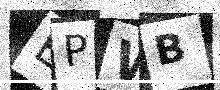
Text: EPWB